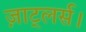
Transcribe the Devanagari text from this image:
ज़ाट्लर्स।